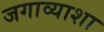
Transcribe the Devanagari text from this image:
जगाव्याशा